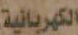
الكهربائية